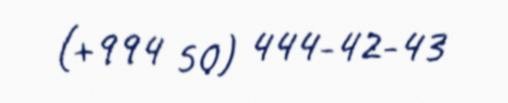
(+994 50) 444-42-43